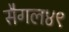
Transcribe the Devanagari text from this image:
सैगल४९